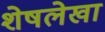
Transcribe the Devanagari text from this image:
शेषलेखा